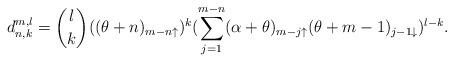
LaTeX: \begin{align*}d_{n,k}^{m,l}= \binom{l}{k} ((\theta+n)_{m-n\uparrow})^{k}(\sum_{j=1}^{m-n}(\alpha + \theta)_{m-j\uparrow}(\theta+m-1)_{j-1\downarrow})^{l-k}.\end{align*}